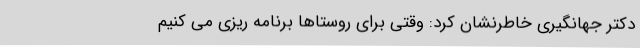
دکتر جهانگیری خاطرنشان کرد: وقتی برای روستاها برنامه ریزی می کنیم